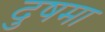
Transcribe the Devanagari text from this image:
दुषमा